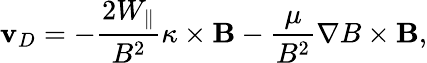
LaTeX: \mathbf{v}_{D}=-\frac{2W_{\parallel}}{B^{2}}\kappa\times\mathbf{B}-\frac{\mu}{B^{2}}\nabla B\times\mathbf{B},